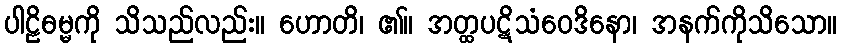
ပါဠိဓမ္မကို သိသည်လည်း။ ဟောတိ၊ ၏။ အတ္ထပဋိသံဝေဒိနော၊ အနက်ကိုသိသော။